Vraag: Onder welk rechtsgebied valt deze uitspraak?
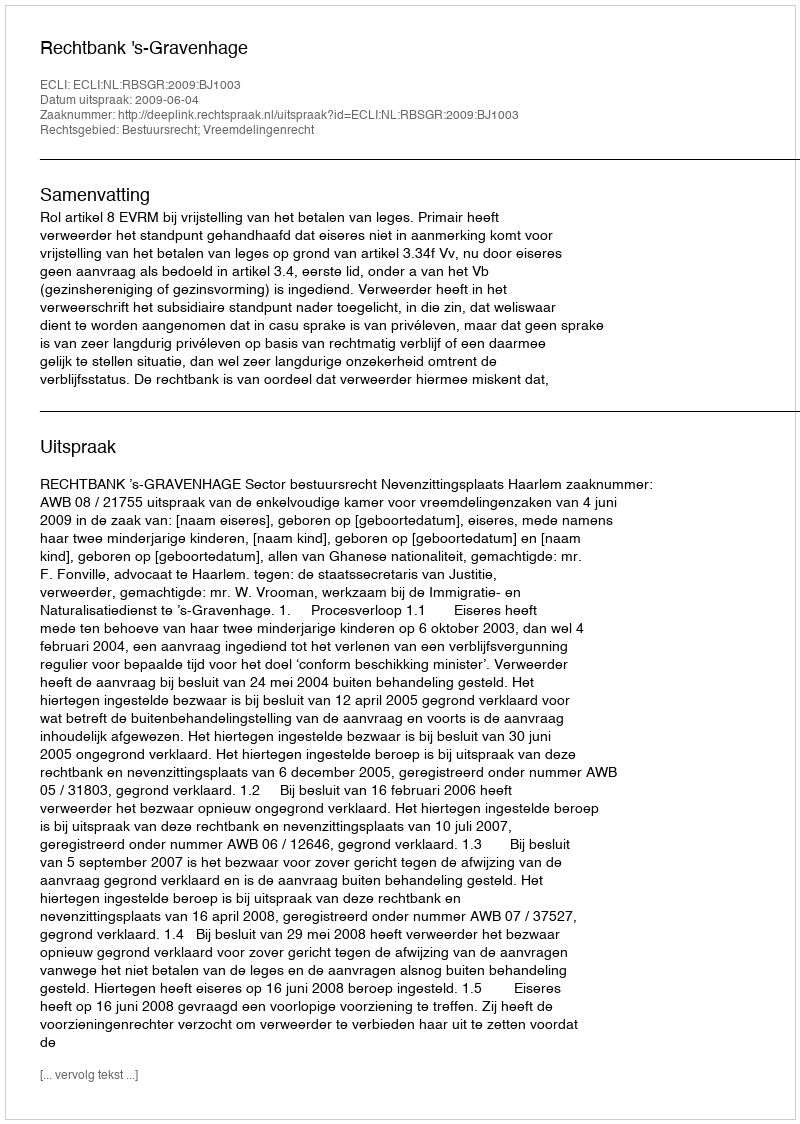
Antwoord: Bestuursrecht; Vreemdelingenrecht